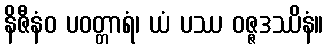
နိဇီနံဝ ပဝတ္တာရံ၊ ယံ ပဿ ဝဇ္ဇဒဿိနံ။